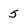
Character: 5